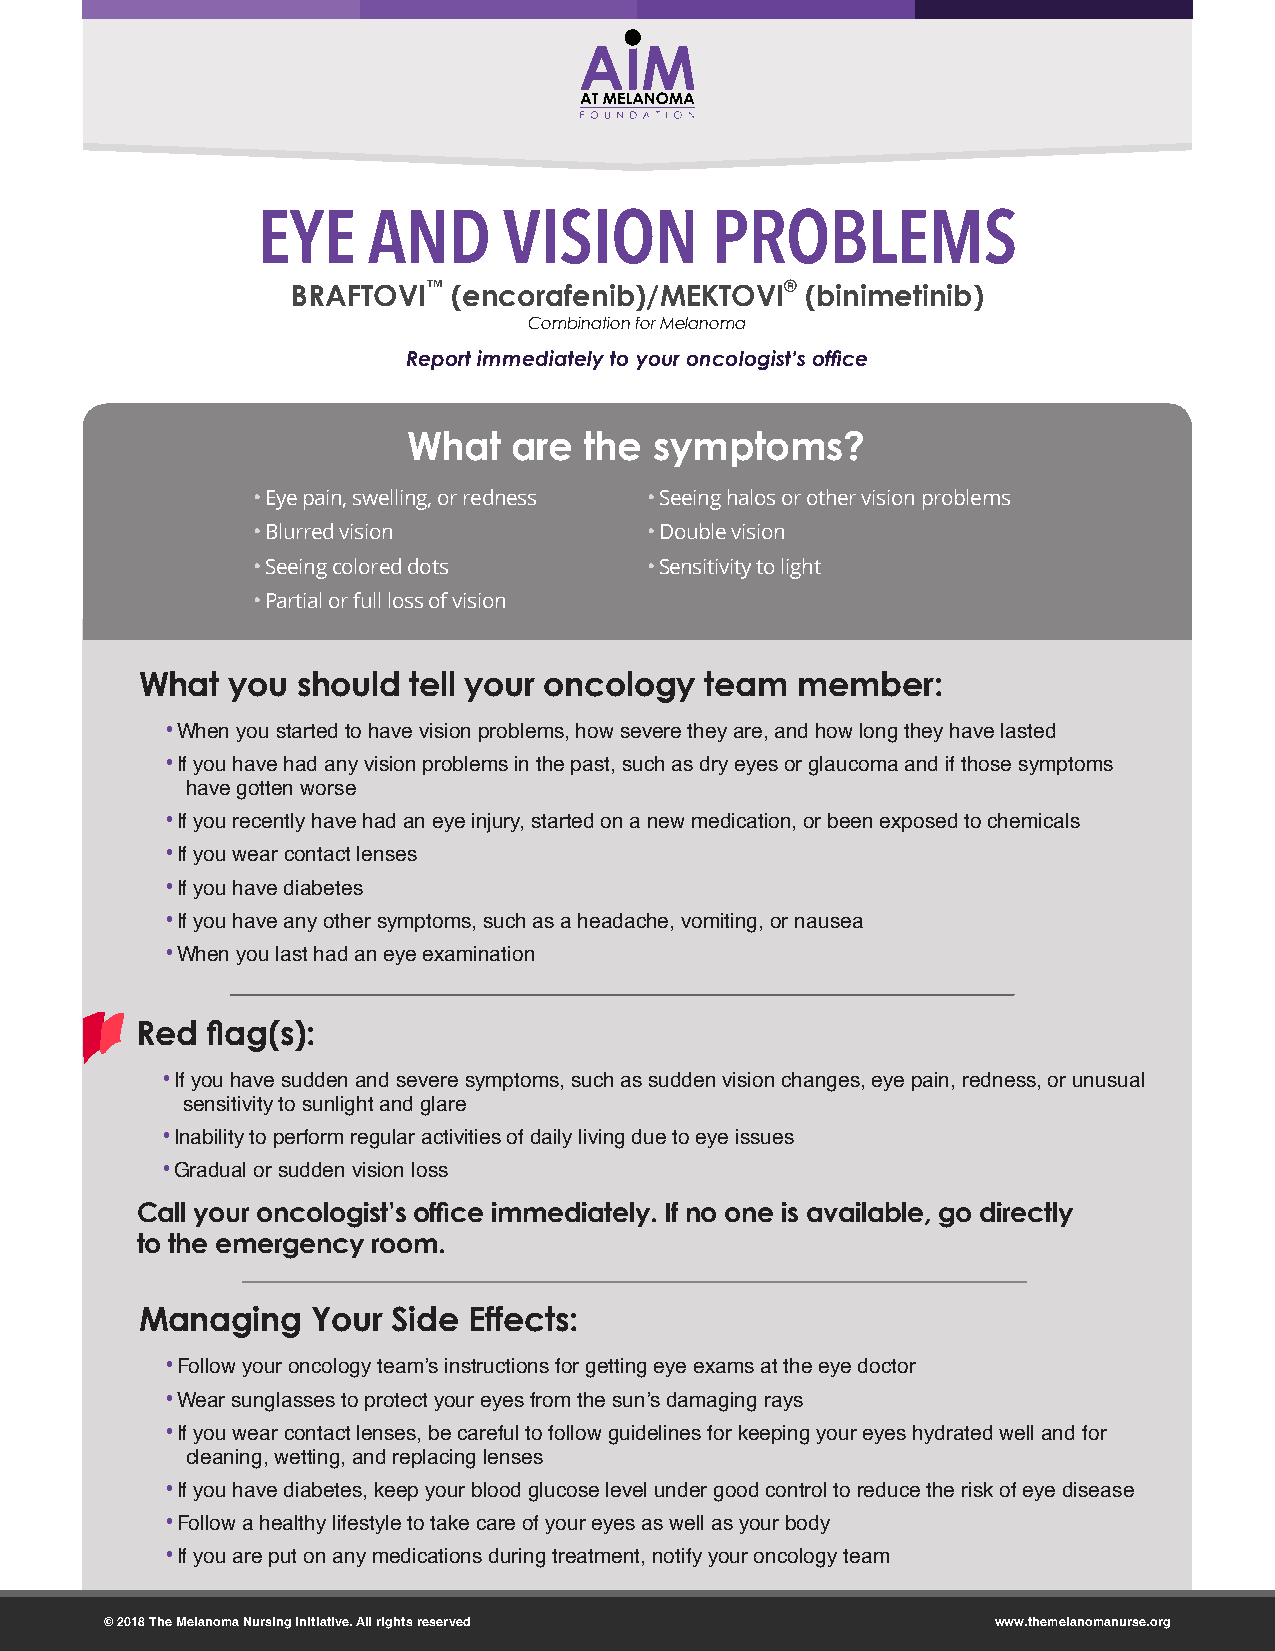
EYE    AND      VISION        PROBLEMS
 BRAFTOVI™  (encorafenib)/MEKTOVI® (binimetinib)
 Combination for Melanoma
 Report immediately to your oncologist’s office
 What   are  the symptoms?
 •Eye pain, swelling, or redness •Seeing halos or other vision problems
 •Blurred vision           •Double vision
 •Seeing colored dots      •Sensitivity to light
 •Partial or full loss of vision
 What  you  should tell your oncology  team  member:
 • When you started to have vision problems, how severe they are, and how long they have lasted
 • If you have had any vision problems in the past, such as dry eyes or glaucoma and if those symptoms
 have gotten worse
 • If you recently have had an eye injury, started on a new medication, or been exposed to chemicals
 • If you wear contact lenses
 • If you have diabetes
 • If you have any other symptoms, such as a headache, vomiting, or nausea
 • When you last had an eye examination
 Red  flag(s):
 • If you have sudden and severe symptoms, such as sudden vision changes, eye pain, redness, or unusual
 sensitivity to sunlight and glare
 • Inability to perform regular activities of daily living due to eye issues
 • Gradual or sudden vision loss
 Call your oncologist’s office immediately. If no one is available, go directly
 to the emergency room.
 Managing    Your Side Effects:
 • Follow your oncology team’s instructions for getting eye exams at the eye doctor
 • Wear sunglasses to protect your eyes from the sun’s damaging rays
 • If you wear contact lenses, be careful to follow guidelines for keeping your eyes hydrated well and for
 cleaning, wetting, and replacing lenses
 • If you have diabetes, keep your blood glucose level under good control to reduce the risk of eye disease
 • Follow a healthy lifestyle to take care of your eyes as well as your body
 • If you are put on any medications during treatment, notify your oncology team
 © 2018 The Melanoma Nursing Initiative. All rights reserved www.themelanomanurse.org